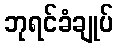
ဘုရင်ခံချုပ်